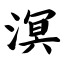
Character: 溟